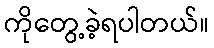
ကိုတွေ့ခဲ့ရပါတယ်။